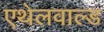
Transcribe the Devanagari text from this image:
एथेलवाल्ड